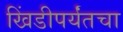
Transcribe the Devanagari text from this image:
खिंडीपर्यंतचा